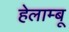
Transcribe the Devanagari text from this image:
हेलाम्बू